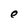
Character: e